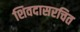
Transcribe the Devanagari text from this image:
शिवदासरचित